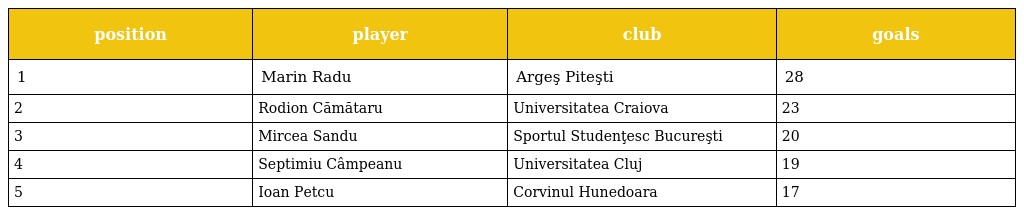
| position | player | club | goals |
 | --- | --- | --- | --- |
 | 1 | Marin Radu | Argeş Piteşti | 28 |
 | 2 | Rodion Cămătaru | Universitatea Craiova | 23 |
 | 3 | Mircea Sandu | Sportul Studenţesc Bucureşti | 20 |
 | 4 | Septimiu Câmpeanu | Universitatea Cluj | 19 |
 | 5 | Ioan Petcu | Corvinul Hunedoara | 17 |